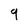
Character: 9